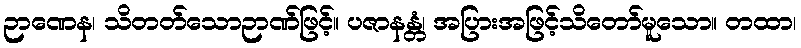
ဉာဏေန၊ သိတတ်သောဉာဏ်ဖြင့်။ ပဇာနန္တံ၊ အပြားအဖြင့်သိတော်မူသော။ တထာ၊